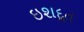
ઇશદૂત